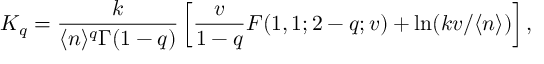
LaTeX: K _ { q } = \frac { k } { \langle n \rangle ^ { q } \Gamma ( 1 - q ) } \left[ \frac { v } { 1 - q } F ( 1 , 1 ; 2 - q ; v ) + \ln ( k v / \langle n \rangle ) \right] ,